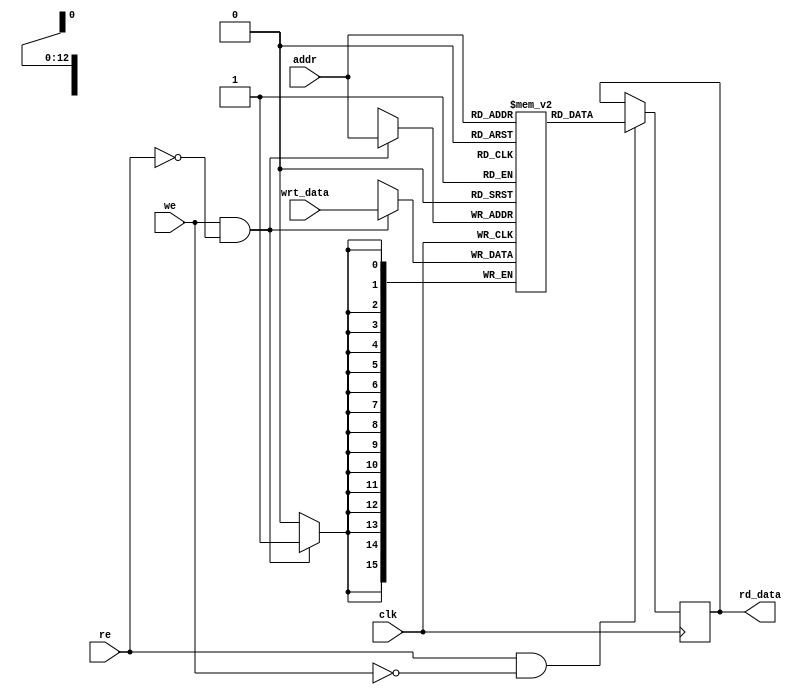
module DM(clk,addr,re,we,wrt_data,rd_data);

/////////////////////////////////////////////////////////
// Data memory.  Single ported, can read or write but //
// not both in a single cycle.  Precharge on clock   //
// high, read/write on clock low.                   //
/////////////////////////////////////////////////////
input clk;
input [12:0] addr;
input re;				// asserted when instruction read desired
input we;				// asserted when write desired
input [15:0] wrt_data;	// data to be written

output reg [15:0] rd_data;	//output of data memory

reg [15:0]data_mem[0:8191];

///////////////////////////////////////////////
// Model read, data is latched on clock low //
/////////////////////////////////////////////
// Previously :
// always @(addr,re,clk)
//   if (~clk && re && ~we)
//
// Changed this to edge based memory read. 
// Read data at negedge clk. 
always @(negedge clk)
  if (re && ~we)
    rd_data <= data_mem[addr];
	
////////////////////////////////////////////////
// Model write, data is written on clock low //
//////////////////////////////////////////////
// Previously :
// always @(addr,we,clk)
//   if (~clk && we && ~re)
//
// Changed this to edge based memory read. 
// Write data at negedge clk. 
always @(negedge clk)
  if (we && ~re)
    data_mem[addr] <= wrt_data;

endmodule